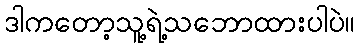
ဒါကတော့သူ့ရဲ့သဘောထားပါပဲ။